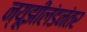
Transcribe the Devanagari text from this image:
न्यूझीलंडनंतर